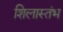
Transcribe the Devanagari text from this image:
शिलास्तंभ